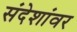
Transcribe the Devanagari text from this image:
संदेशांवर